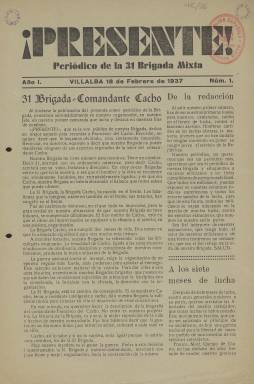
Título: ¡Presente! (Madrid. 1937)
Colección: Guerra civil
Ámbito geográfico: Madrid
Lugar de publicación: Madrid
Fechas: 18/02/1937-26/01/1938

Este periódico fue editado por la 31 Brigada Mixta del Ejercito de la República, que estaba desplegada en Villalba, a los pies de la sierra madrileña, a partir del 18 de febrero de 1937. Fue corriente durante la Guerra Civil que las unidades militares editaran sus propios órganos de prensa como modo de fortalecer el espíritu de lucha de los combatientes y mantener la disciplina.

   Según nos informa el primer número de la publicación, los miembros de la 31 Brigada Mixta querían tener su propio periódico semanal como otras lo tenían y fueron los soldados de la 4ª Compañía del 3º Batallón quienes tuvieron la idea de abrir una suscripción para financiarse económicamente. Numerosos soldados de toda la unidad participaron desde entonces aportando sus donaciones.

   En la portada del primer número se hace un elogio de las dotes de mando del comandante Francisco del Cacho, el jefe de la Brigada. Un retrato dibujado de este militar aparece en el segundo número, que salió el 6 de marzo con la novedad de incorporar ilustraciones en sus páginas, lo que continuó en las siguientes entregas y dio mayor atractivo al periódico. Los grabados son mayoritariamente de contenido bélico.

  El comandante Francisco del Cacho Villarroig, que al comenzar la guerra se encontraba en Valencia con el rango de capitán, pasó en enero de 1937 a mandar la 31 Brigada Mixta en la zona Centro. Tras la batalla de la Granja en la primavera de ese año, en la que las fuerzas republicanas no consiguieron sus objetivos, pasó a encargarse de otras brigadas hasta el final de la guerra. Fue capturado por los franquistas y fusilado en mayo de 1939.

    En ¡Presente! Es frecuente leer artículos de los comisarios políticos, tanto del encargado de la 31 Brigada como de los batallones que la componían. Los comisarios del Partido Comunista eran los encargados de que la disciplina no decayera y de adoctrinar a los combatientes para insuflarles ideales para la lucha.

   Como también era habitual en otros periódicos de unidades militares del Ejército de la República, se dedicaba espacio en sus páginas para la alfabetización y la cultura. Por ejemplo, podemos leer un artículo sobre cómo organizar una biblioteca de Batallón y algunas páginas dedicadas enteramente a la cultura y la distracción de los soldados, lo que es poco corriente en una publicación volcada en el esfuerzo bélico. Así, en el número 10 podemos leer una obra del dramaturgo del siglo XVI Lope de Rueda, concretamente el paso de las aceitunas.

  Es curioso porque el título de este periódico, ¡Presente!, recuerda más a los españoles de ahora una fórmula empleada por los falangistas, que lo hicieron popular al referirse a José Antonio Primo de Rivera, muerto al inicio de la guerra.

   Aunque pretendía ser semanal, el periódico fue de aparición bastante irregular. La paginación más común fue de 8 páginas. La colección de la BNE está incompleta. Del número 2 salta al 7, en el que se ve ya color, el rojo, en sus páginas. El último número que posee la Biblioteca es el correspondiente al 26 de enero de 1938, en el que se muestra la satisfacción por la conquista de Teruel, aunque poco después la ciudad volvería a manos franquistas.

[Descripción publicada el 16/8/2022]